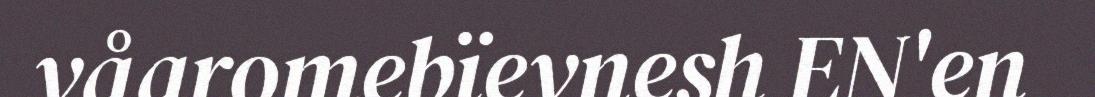
våaromebïevnesh EN'en